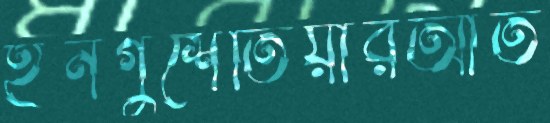
ইনগুশেতিয়ারআত